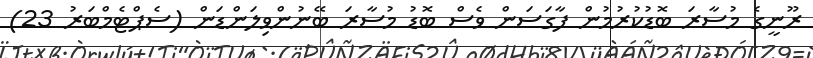
ރޫނީގެ މުސާރަ ބޮޑުކުރުމުން ފާގަސަން ވެސް ބޮޑު މުސާރަ ބޭނުންވިލަންޑަން (ސެޕްޓެމްބަރު 23)